Annual administration report of the Civil Veterinary Department of India - 1897-1898
Year: 1897
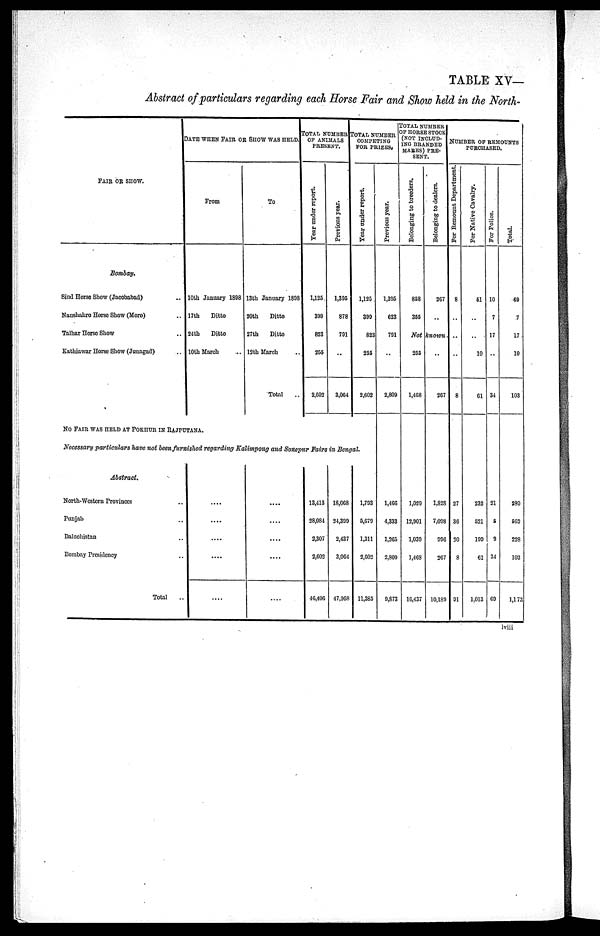
TABLE XV—
Abstract of particulars regarding each Horse Fair and Show held in the North—
FAIR OR SHOW.
Bombay.
Sind Horse Show (Jacobabad) ..
Naushahro Horse Show (Moro) ..
Talhar Horse Show ..
Kathiawar Horse Show (Junagad) ..
DATE WHEN FAIR OR SHOW WAS HELD.
From
10th January 1898
17th
Ditto
24th
Ditto
10th March ..
To
13th January 1898
20th
Ditto
27th
Ditto
12th March ..
Total ..
TOTAL NUMBERS
OF ANIMALS
PRESENT.
Year under report.
1,125
399
823
255
2,602
Previous year.
1,395
878
791
..
3,064
TOTAL NUMBER
COMPETING
FOR PRIZES.
Year under report.
1,125
399
823
255
2,602
Previous year.
1,395
623
791
..
2,809
TOTAL NUMBER
OF HORSE STOCK
(NOT INCLUD-
ING BRANDED
MAKES) PRE-
SENT.
Belonging to breeders.
858
355
Not
255
1,468
Belonging to dealers.
267
..
known
..
267
NUMBER OP REMOUNTS
PURCHASED.
For Remount Department.
8
..
..
..
8
For Native Cavalry.
51
..
..
10
61
For Police.
10
7
17
..
34
Total.
69
7
17
10
103
NO FAIR WAS HELD AT POKHUR IN RAJPUTANA.
Necessary particulars have not been furnished regarding Kalimpong and Sonepur Fairs in Bengal.
Abstract.
North—Western Provinces ..
Punjab ..
Baluchistan ..
Bombay Presidency ..
Total ..
....
....
....
....
....
....
....
....
....
....
13,413
28,084
2,307
2,602
46,406
18,068
21,399
2,437
3,064
47,968
1,793
5,679
1,311
2,602
11,385
1,466
4,333
1,265
2,809
9,873
1,029
12,901
1,039
1,468
16,437
1,828
7,098
996
267
10,189
27
36
20
8
91
232
521
199
61
1,013
21
5
9
34
69
380
662
228
103
1,173
lviii